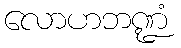
လောဟဘဏ္ဍံ